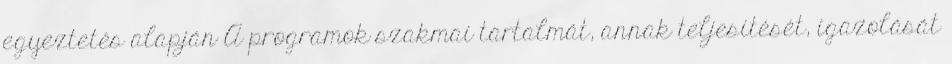
egyeztetés alapján A programok szakmai tartalmát, annak teljesítését, igazolását